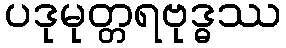
ပဒုမုတ္တရဗုဒ္ဓဿ